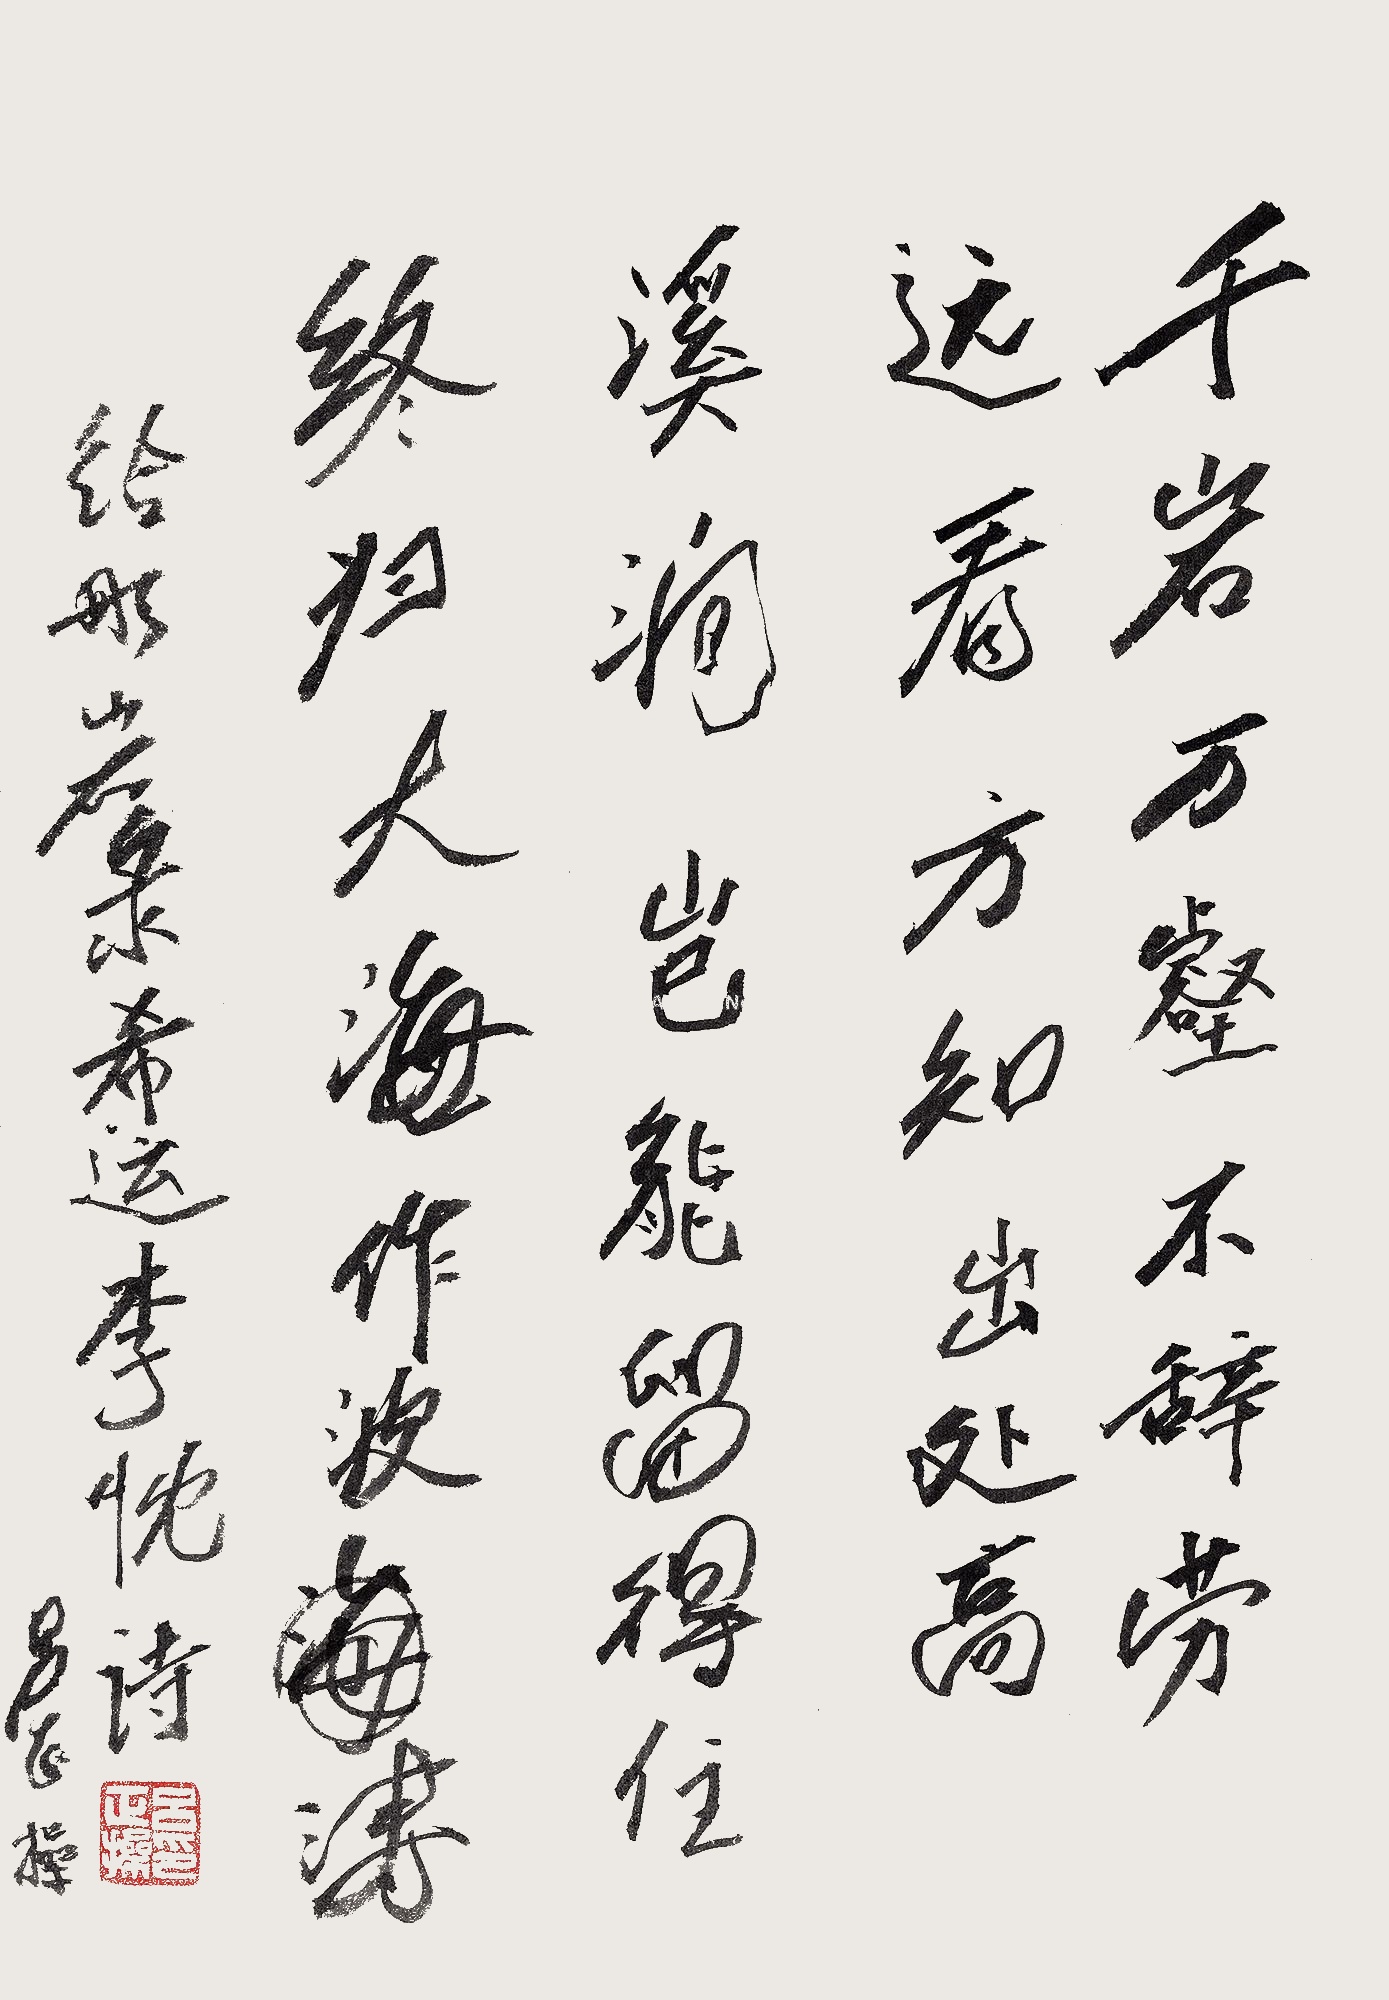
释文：千岩万壑不辞劳，远看方知出处高。溪涧岂能留得住，终归大海作波涛。给彤岩录希运李忱诗。吕正操。